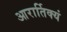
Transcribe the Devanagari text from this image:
आरार्तिक्यं